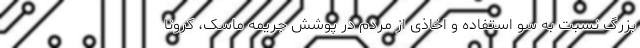
بزرگ نسبت به سو استفاده و اخاذی از مردم در پوشش جریمه ماسک، کرونا